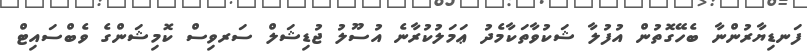
ފަނޑިޔާރުންނާ ބެހޭގޮތުން އުފުލާ ޝަކުވާތަކާމެދު ޢަމަލުކުރާނެ އުސޫލު ޖުޑިޝަލް ސަރވިސް ކޮމިޝަންގެ ވެބްސައިޓް